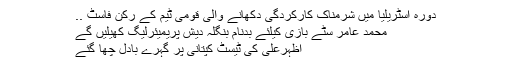
دورہ آسٹریلیا میں شرمناک کارکردگی دکھانے والی قومی ٹیم کے رکن فاسٹ ..
محمد عامر سٹے بازی کیلئے بدنام بنگلہ دیش پریمیئرلیگ کھیلیں گے
اظہرعلی کی ٹیسٹ کپتانی پر گہرے بادل چھا گئے